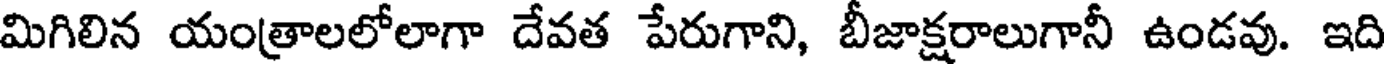
మిగిలిన యంత్రాలలోలాగా దేవత పేరుగాని, బీజాక్షరాలుగానీ ఉండవు. ఇది